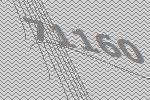
71160